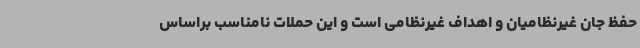
حفظ جان غیرنظامیان و اهداف غیرنظامی است و این حملات نامناسب براساس